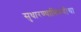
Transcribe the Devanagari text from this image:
सुधारण्याविषयीचा